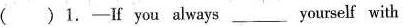
( )1.-If you always ___ yourself with